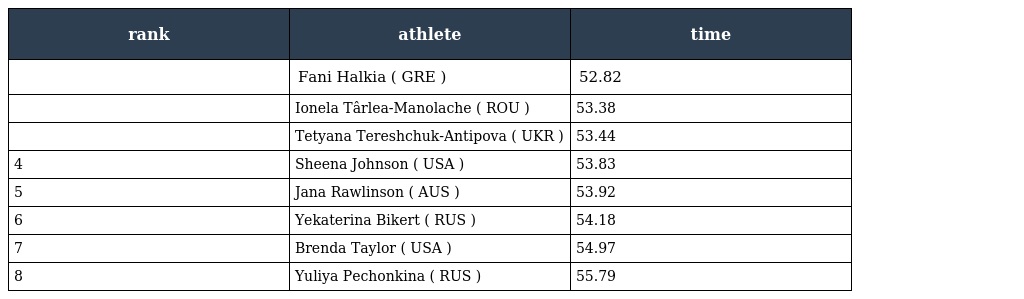
| rank | athlete | time |
 | --- | --- | --- |
 |  | Fani Halkia ( GRE ) | 52.82 |
 |  | Ionela Târlea-Manolache ( ROU ) | 53.38 |
 |  | Tetyana Tereshchuk-Antipova ( UKR ) | 53.44 |
 | 4 | Sheena Johnson ( USA ) | 53.83 |
 | 5 | Jana Rawlinson ( AUS ) | 53.92 |
 | 6 | Yekaterina Bikert ( RUS ) | 54.18 |
 | 7 | Brenda Taylor ( USA ) | 54.97 |
 | 8 | Yuliya Pechonkina ( RUS ) | 55.79 |